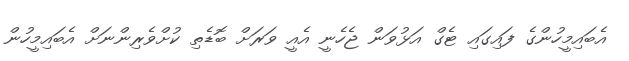
އެބައިމީހުންގެ ފައިގައި ޓެގް އަޅުވަން ޖެހެނީ އެއީ ވަރަށް ބޮޑެތި ކުށްވެރިންނަށް އެބައިމީހުން